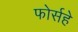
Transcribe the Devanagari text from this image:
फोर्सहे